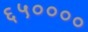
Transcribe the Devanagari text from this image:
६५००००